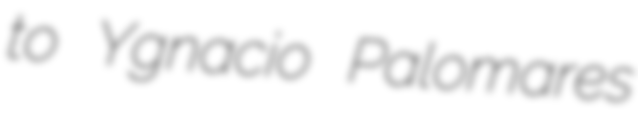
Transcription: to Ygnacio Palomares